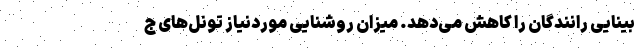
بینایی رانندگان را کاهش می‌دهد. میزان روشنایی موردنیاز تونل‌های ج